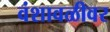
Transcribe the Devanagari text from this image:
वंशावळीवर